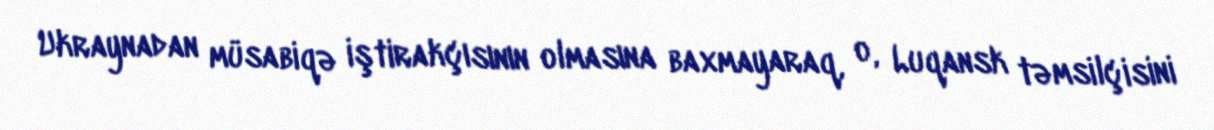
Ukraynadan müsabiqə iştirakçısının olmasına baxmayaraq, o, Luqansk təmsilçisini